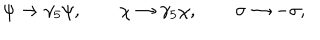
\psi \rightarrow \gamma _ { 5 } \psi , \qquad \chi \rightarrow \gamma _ { 5 } \chi , \qquad \sigma \rightarrow - \sigma ,